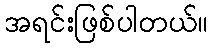
အရင်းဖြစ်ပါတယ်။